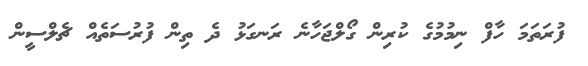
ފުރަތަމަ ހާފް ނިމުމުގެ ކުރިން ގޯލްޖަހާނެ ރަނގަޅު ދެ ތިން ފުރުސަތެއް ޗެލްސީން